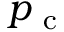
p _ { \mathrm { ~ c ~ } }